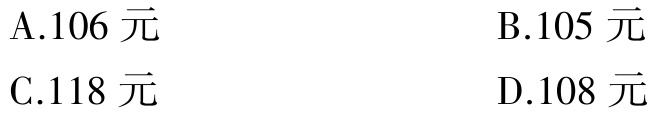
A.106 元

B.105 元

C.118 元

D.108 元